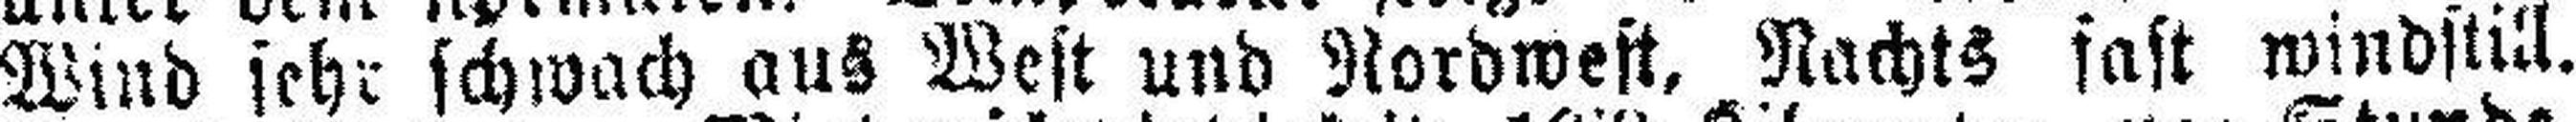
Wind sehr schwach aus West und Nordwest, Nachts fast windstill.